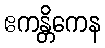
ဧကန္တိကေန